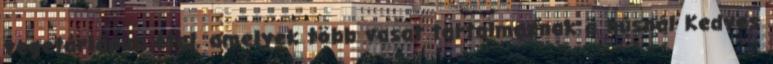
vegetáriánus étel, amelyek több vasat tartalmaznak a húsnál Kedves